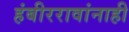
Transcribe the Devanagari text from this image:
हंबीररावांनाही